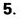
5.